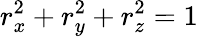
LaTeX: r_{x}^{2}+r_{y}^{2}+r_{z}^{2}=1